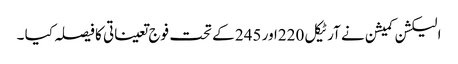
الیکشن کمیشن نے آرٹیکل 220اور 245 کے تحت فوج تعیناتی کا فیصلہ کیا ۔